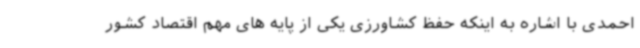
احمدی با اشاره به اینکه حفظ کشاورزی یکی از پایه های مهم اقتصاد کشور